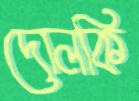
দোলকি